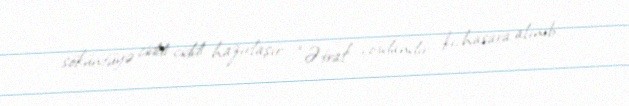
söküntüyə ciddi-ciddi hazırlaşır: “Ətraf çoxdandır ki, hasara alınıb.